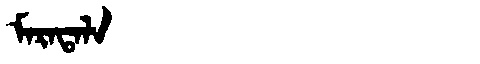
Manchu: ᠮᠠᡵᠠᡨᠠᠯᠠ
Romanization: MARATALA